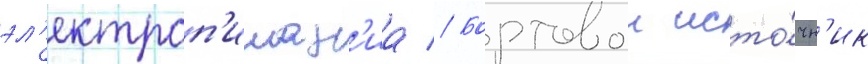
эл'ектроп'итан'иа // Бортовои исто́чн'ик